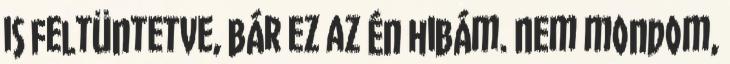
is feltüntetve, bár ez az én hibám. Nem mondom,